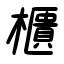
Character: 櫃